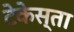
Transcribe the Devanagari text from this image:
टेकेस्ता